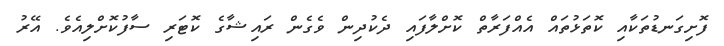
ފޮށިގަނޑުތަކާއި ކޮތަޅުތައް އެއްފަރާތް ކޮށްލާފައި ދެކުދިން ވެގެން ރައިޝާގެ ކޮޓަރި ސާފުކޮށްލިއެވެ. އޭރު